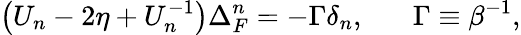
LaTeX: \left(U_{n}-2\eta+U_{n}^{-1}\right)\Delta_{F}^{n}=-\Gamma\delta_{n},\; \; \; \; \; \; \Gamma\equiv\beta^{-1},